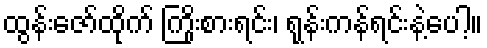
ထွန်းဇော်ထိုက် ကြိုးစားရင်း၊ ရုန်းကန်ရင်းနဲ့ပေါ့။